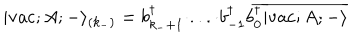
| \mathrm { v a c } ; A ; - \rangle _ { ( k _ { - } ) } = b _ { k _ { - } + 1 } ^ { \dagger } \cdot . . . \cdot b _ { - 1 } ^ { \dagger } b _ { 0 } ^ { \dagger } \overline { { { | \mathrm { v a c } ; A ; - \rangle } } }